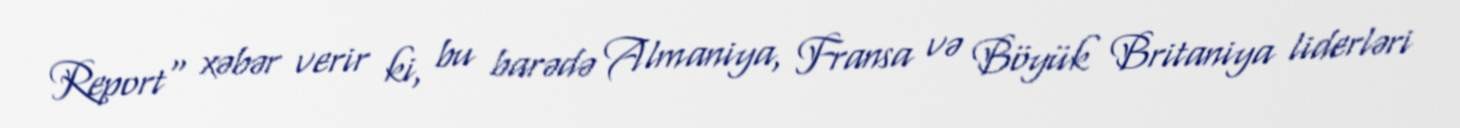
Report" xəbər verir ki, bu barədə Almaniya, Fransa və Böyük Britaniya liderləri